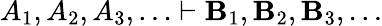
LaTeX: A_{1},A_{2},A_{3},\ldots\vdash\mathbf{B}_{1},\mathbf{B}_{2},\mathbf{B}_{3},\ldots